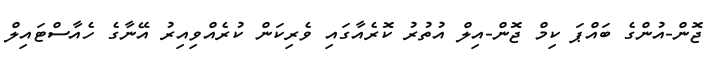
ޖޮން-އުންގެ ބައްޕަ ކިމް ޖޮން-އިލް އުތުރު ކޮރެއާގައި ވެރިކަން ކުރެއްވިއިރު އޭނާގެ ހެއާސްޓައިލް